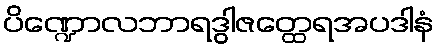
ပိဏ္ဍောလဘာရဒွါဇတ္ထေရအပဒါနံ